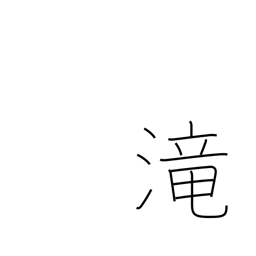
Meaning: cascade